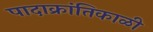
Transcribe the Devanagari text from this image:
पादाक्रांतिकाळी